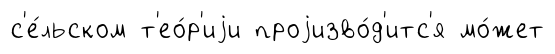
с'е́льском т'ео́р'иjи проjизво́д'итс'я мо́жет